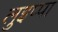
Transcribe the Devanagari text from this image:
लुइप्पा